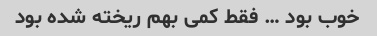
خوب بود … فقط کمی بهم ریخته شده بود